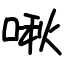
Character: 啾